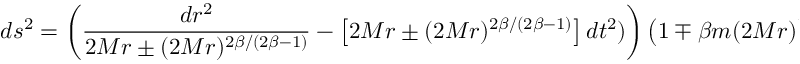
d s ^ { 2 } = \left( \frac { d r ^ { 2 } } { 2 M r \pm ( 2 M r ) ^ { 2 \beta / ( 2 \beta - 1 ) } } - \left[ 2 M r \pm ( 2 M r ) ^ { 2 \beta / ( 2 \beta - 1 ) } \right] d t ^ { 2 } ) \right) \left( 1 \mp \beta m ( 2 M r ) ^ { 1 / ( 2 \beta - 1 ) } ) \right)